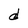
Character: d